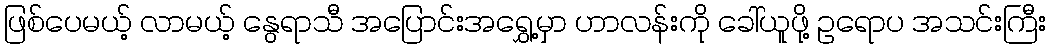
ဖြစ်ပေမယ့် လာမယ့် နွေရာသီ အပြောင်းအရွှေ့မှာ ဟာလန်းကို ခေါ်ယူဖို့ ဥရောပ အသင်းကြီး